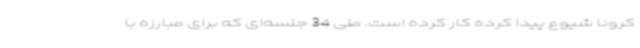
کرونا شیوع پیدا کرده کار کرده است. طی 34 جلسه‌ای که برای مبارزه با